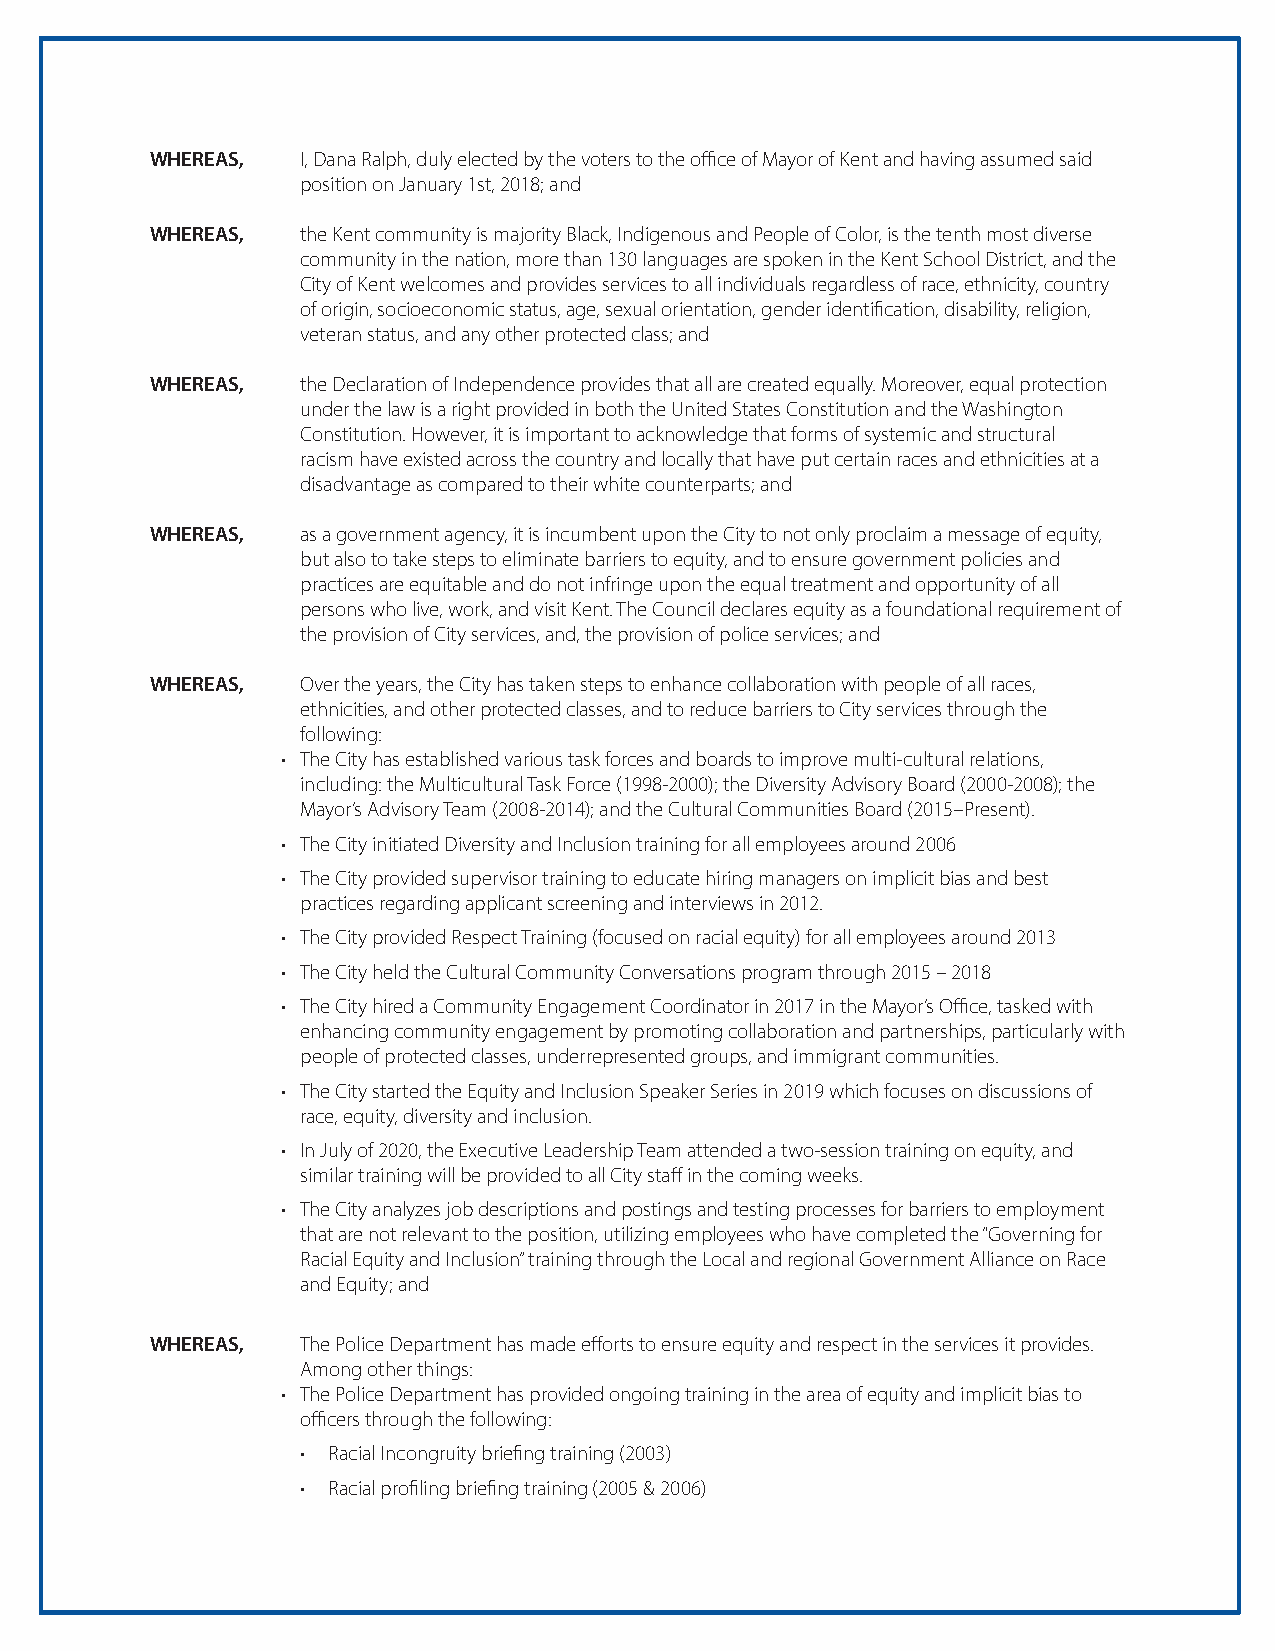
WHEREAS,  I , Dana Ralph, duly elected by the voters to the office of Mayor of Kent and having assumed said
 position on January 1st, 2018; and
 WHEREAS,  t he Kent community is majority Black, Indigenous and People of Color, is the tenth most diverse
 community in the nation, more than 130 languages are spoken in the Kent School District, and the
 City of Kent welcomes and provides services to all individuals regardless of race, ethnicity, country
 of origin, socioeconomic status, age, sexual orientation, gender identification, disability, religion,
 veteran status, and any other protected class; and
 WHEREAS,  t he Declaration of Independence provides that all are created equally. Moreover, equal protection
 under the law is a right provided in both the United States Constitution and the Washington
 Constitution. However, it is important to acknowledge that forms of systemic and structural
 racism have existed across the country and locally that have put certain races and ethnicities at a
 disadvantage as compared to their white counterparts; and
 WHEREAS,  a s a government agency, it is incumbent upon the City to not only proclaim a message of equity,
 but also to take steps to eliminate barriers to equity, and to ensure government policies and
 practices are equitable and do not infringe upon the equal treatment and opportunity of all
 persons who live, work, and visit Kent. The Council declares equity as a foundational requirement of
 the provision of City services, and, the provision of police services; and
 WHEREAS,  O ver the years, the City has taken steps to enhance collaboration with people of all races,
 ethnicities, and other protected classes, and to reduce barriers to City services through the
 following:
 • The City has established various task forces and boards to improve multi-cultural relations,
 including: the Multicultural Task Force (1998-2000); the Diversity Advisory Board (2000-2008); the
 Mayor’s Advisory Team (2008-2014); and the Cultural Communities Board (2015–Present).
 • The City initiated Diversity and Inclusion training for all employees around 2006
 • The City provided supervisor training to educate hiring managers on implicit bias and best
 practices regarding applicant screening and interviews in 2012.
 • The City provided Respect Training (focused on racial equity) for all employees around 2013
 • The City held the Cultural Community Conversations program through 2015 – 2018
 • The City hired a Community Engagement Coordinator in 2017 in the Mayor’s Office, tasked with
 enhancing community engagement by promoting collaboration and partnerships, particularly with
 people of protected classes, underrepresented groups, and immigrant communities.
 • The City started the Equity and Inclusion Speaker Series in 2019 which focuses on discussions of
 race, equity, diversity and inclusion.
 • In July of 2020, the Executive Leadership Team attended a two-session training on equity, and
 similar training will be provided to all City staff in the coming weeks.
 • The City analyzes job descriptions and postings and testing processes for barriers to employment
 that are not relevant to the position, utilizing employees who have completed the “Governing for
 Racial Equity and Inclusion” training through the Local and regional Government Alliance on Race
 and Equity; and
 WHEREAS,  T he Police Department has made efforts to ensure equity and respect in the services it provides.
 Among other things:
 • The Police Department has provided ongoing training in the area of equity and implicit bias to
 officers through the following:
 • Racial Incongruity briefing training (2003)
 • Racial profiling briefing training (2005 & 2006)